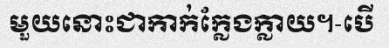
មួយនោះជាកាក់ក្លែងក្លាយ។-បើ